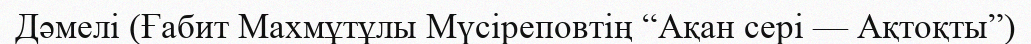
Дәмелі (Ғабит Махмұтұлы Мүсіреповтің “Ақан сері — Ақтоқты”)